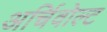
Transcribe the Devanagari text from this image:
अर्चिवोल्ट